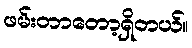
ဖမ်းတာတော့ရှိတယ်။